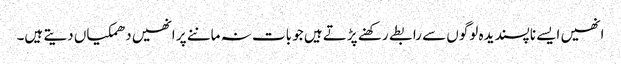
انھیں ایسے ناپسندیدہ لوگوں سے رابطے رکھنے پڑتے ہیں جو بات نہ ماننے پر انھیں دھمکیاں دیتے ہیں۔